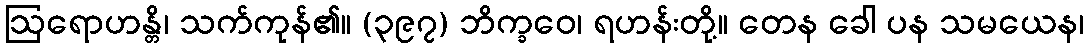
ဩရောဟန္တိ၊ သက်ကုန်၏။ (၃၉၇) ဘိက္ခဝေ၊ ရဟန်းတို့။ တေန ခေါ ပန သမယေန၊